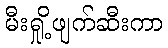
မီးရှို့ဖျက်ဆီးကာ